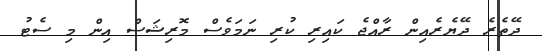
ދޭތެރެ ދޭޔެރެއިން ރާއްޖެ ކައިރި ކުރި ނަމަވެސް މޮރިޝަސް އިން މި ސެޓު